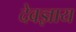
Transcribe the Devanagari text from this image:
देवज्ञाय